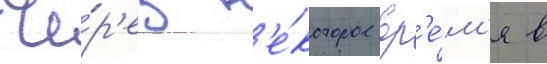
Че́р'ез н'е́которое вр'е́м'я в